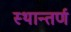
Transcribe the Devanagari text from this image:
स्थान्तर्ण